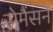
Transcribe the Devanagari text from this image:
सेमैंसने